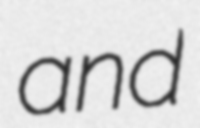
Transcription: and